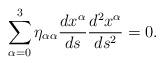
LaTeX: \begin{align*}\sum_{\alpha = 0}^{3} \eta_{\alpha \alpha }\frac{dx^{\alpha }}{ds} \frac{d^{2}x^{\alpha }}{ds^{2}} = 0.\end{align*}